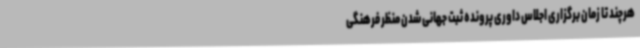
هرچند تا زمان برگزاری اجلاس داوری پرونده ثبت جهانی شدن منظر فرهنگی